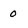
Character: o